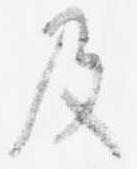
及